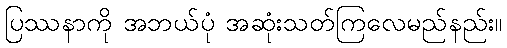
ပြဿနာကို အဘယ်ပုံ အဆုံးသတ်ကြလေမည်နည်း။